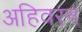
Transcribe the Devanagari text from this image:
अहिवरन